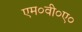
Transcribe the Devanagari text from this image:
एम०वी०ए०